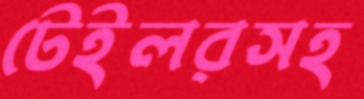
টেইলরসহ